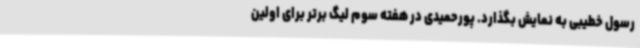
رسول خطیبی به نمایش بگذارد. پورحمیدی در هفته سوم لیگ برتر برای اولین